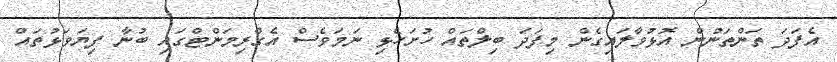
އެފަދަ ތަންތަނުން އޮޅުވާލައިގެން މިފަދަ ބިލްތައް ހުށަހެޅި ނަމަވެސް އެގްރިމަންޓްގައި ބުނާ ފިޔަވަޅުތައް